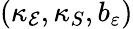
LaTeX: (\kappa_{\mathcal{E}},\kappa_{S},b_{\varepsilon})